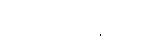
ပထမတစ်ချက်မှာ